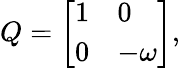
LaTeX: Q={\left[\begin{array}{ll}{1}&{0}\\ {0}&{-\omega}\end{array}\right]},